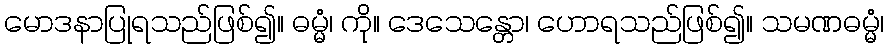
မောဒနာပြုရသည်ဖြစ်၍။ ဓမ္မံ၊ ကို။ ဒေသေန္တော၊ ဟောရသည်ဖြစ်၍။ သမဏဓမ္မံ၊